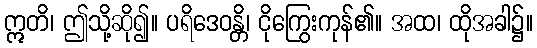
ဣတိ၊ ဤသို့ဆို၍။ ပရိဒေဝန္တိ၊ ငိုကြွေးကုန်၏။ အထ၊ ထိုအခါ၌။